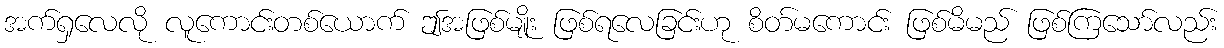
အက်ရှလေလို လူကောင်းတစ်ယောက် ဤအဖြစ်မျိုး ဖြစ်ရလေခြင်းဟု စိတ်မကောင်း ဖြစ်မိမည် ဖြစ်ကြသော်လည်း